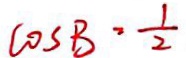
\cos B = \frac { 1 } { 2 }